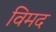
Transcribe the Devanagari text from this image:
विमद